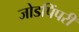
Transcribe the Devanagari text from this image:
जोडपिंपरी